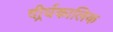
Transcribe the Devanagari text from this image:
दीर्र्घकालिक